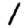
Digit: 1